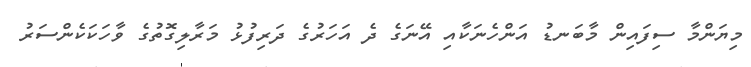
މިޔަންމާ ސިފައިން މާބަނޑު އަންހެނަކާއި އޭނަގެ ދެ އަހަރުގެ ދަރިފުޅު މަރާލިގޮތުގެ ވާހަކަކެންސަރު